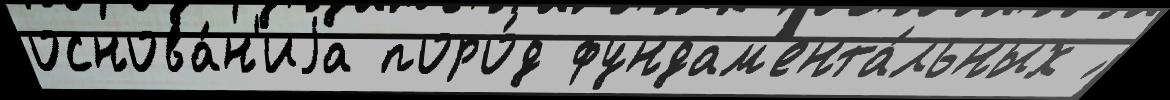
основа́н'иjа поро́д фундам'ента́льных ́